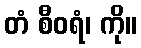
တံ စီဝရံ၊ ကို။